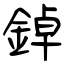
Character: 鋽